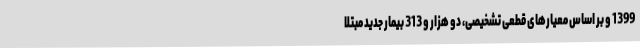
1399 و بر اساس معیارهای قطعی تشخیصی، دو هزار و 313 بیمار جدید مبتلا